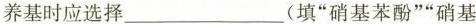
养基时应选择___(填”硝基苯酚””硝基